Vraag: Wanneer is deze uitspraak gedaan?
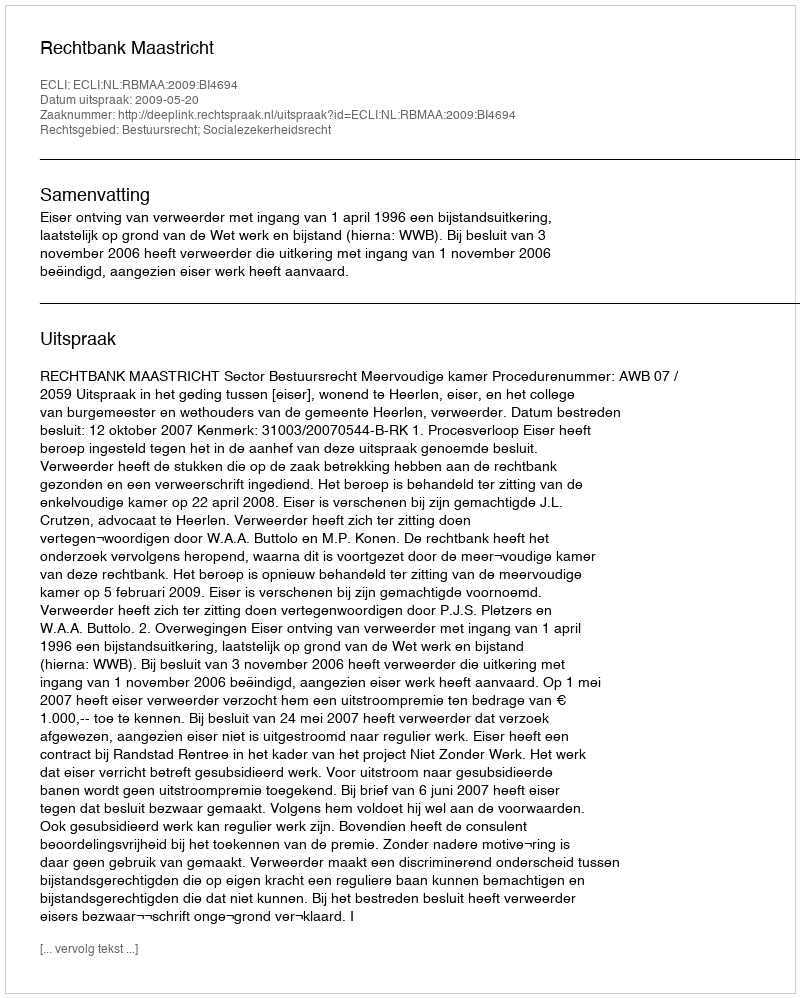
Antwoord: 2009-05-20